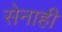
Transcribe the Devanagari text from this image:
सेनाही